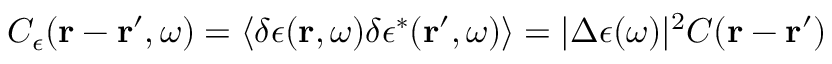
C _ { \epsilon } ( \boldsymbol { \mathbf { r } } - \boldsymbol { \mathbf { r } } ^ { \prime } , \omega ) = \left\langle \delta \epsilon ( \boldsymbol { \mathbf { r } } , \omega ) \delta \epsilon ^ { * } ( \boldsymbol { \mathbf { r } } ^ { \prime } , \omega ) \right\rangle = | \Delta \epsilon ( \omega ) | ^ { 2 } C ( \boldsymbol { \mathbf { r } } - \boldsymbol { \mathbf { r } } ^ { \prime } )